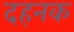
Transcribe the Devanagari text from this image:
दहनक